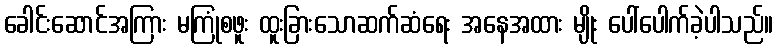
ခေါင်းဆောင်အကြား မကြုံစဖူး ထူးခြားသောဆက်ဆံရေး အနေအထား မျိုး ပေါ်ပေါက်ခဲ့ပါသည်။